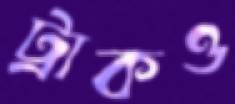
ট্রাকও